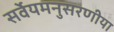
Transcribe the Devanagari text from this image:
सर्वेयमनुसरणीया